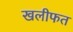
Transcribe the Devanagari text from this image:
खलीफत